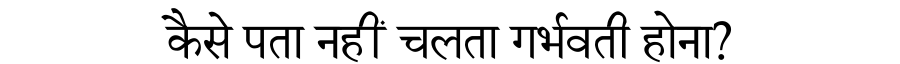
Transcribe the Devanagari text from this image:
कैसे पता नहीं चलता गर्भवती होना?